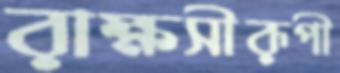
রাক্ষসীরূপী